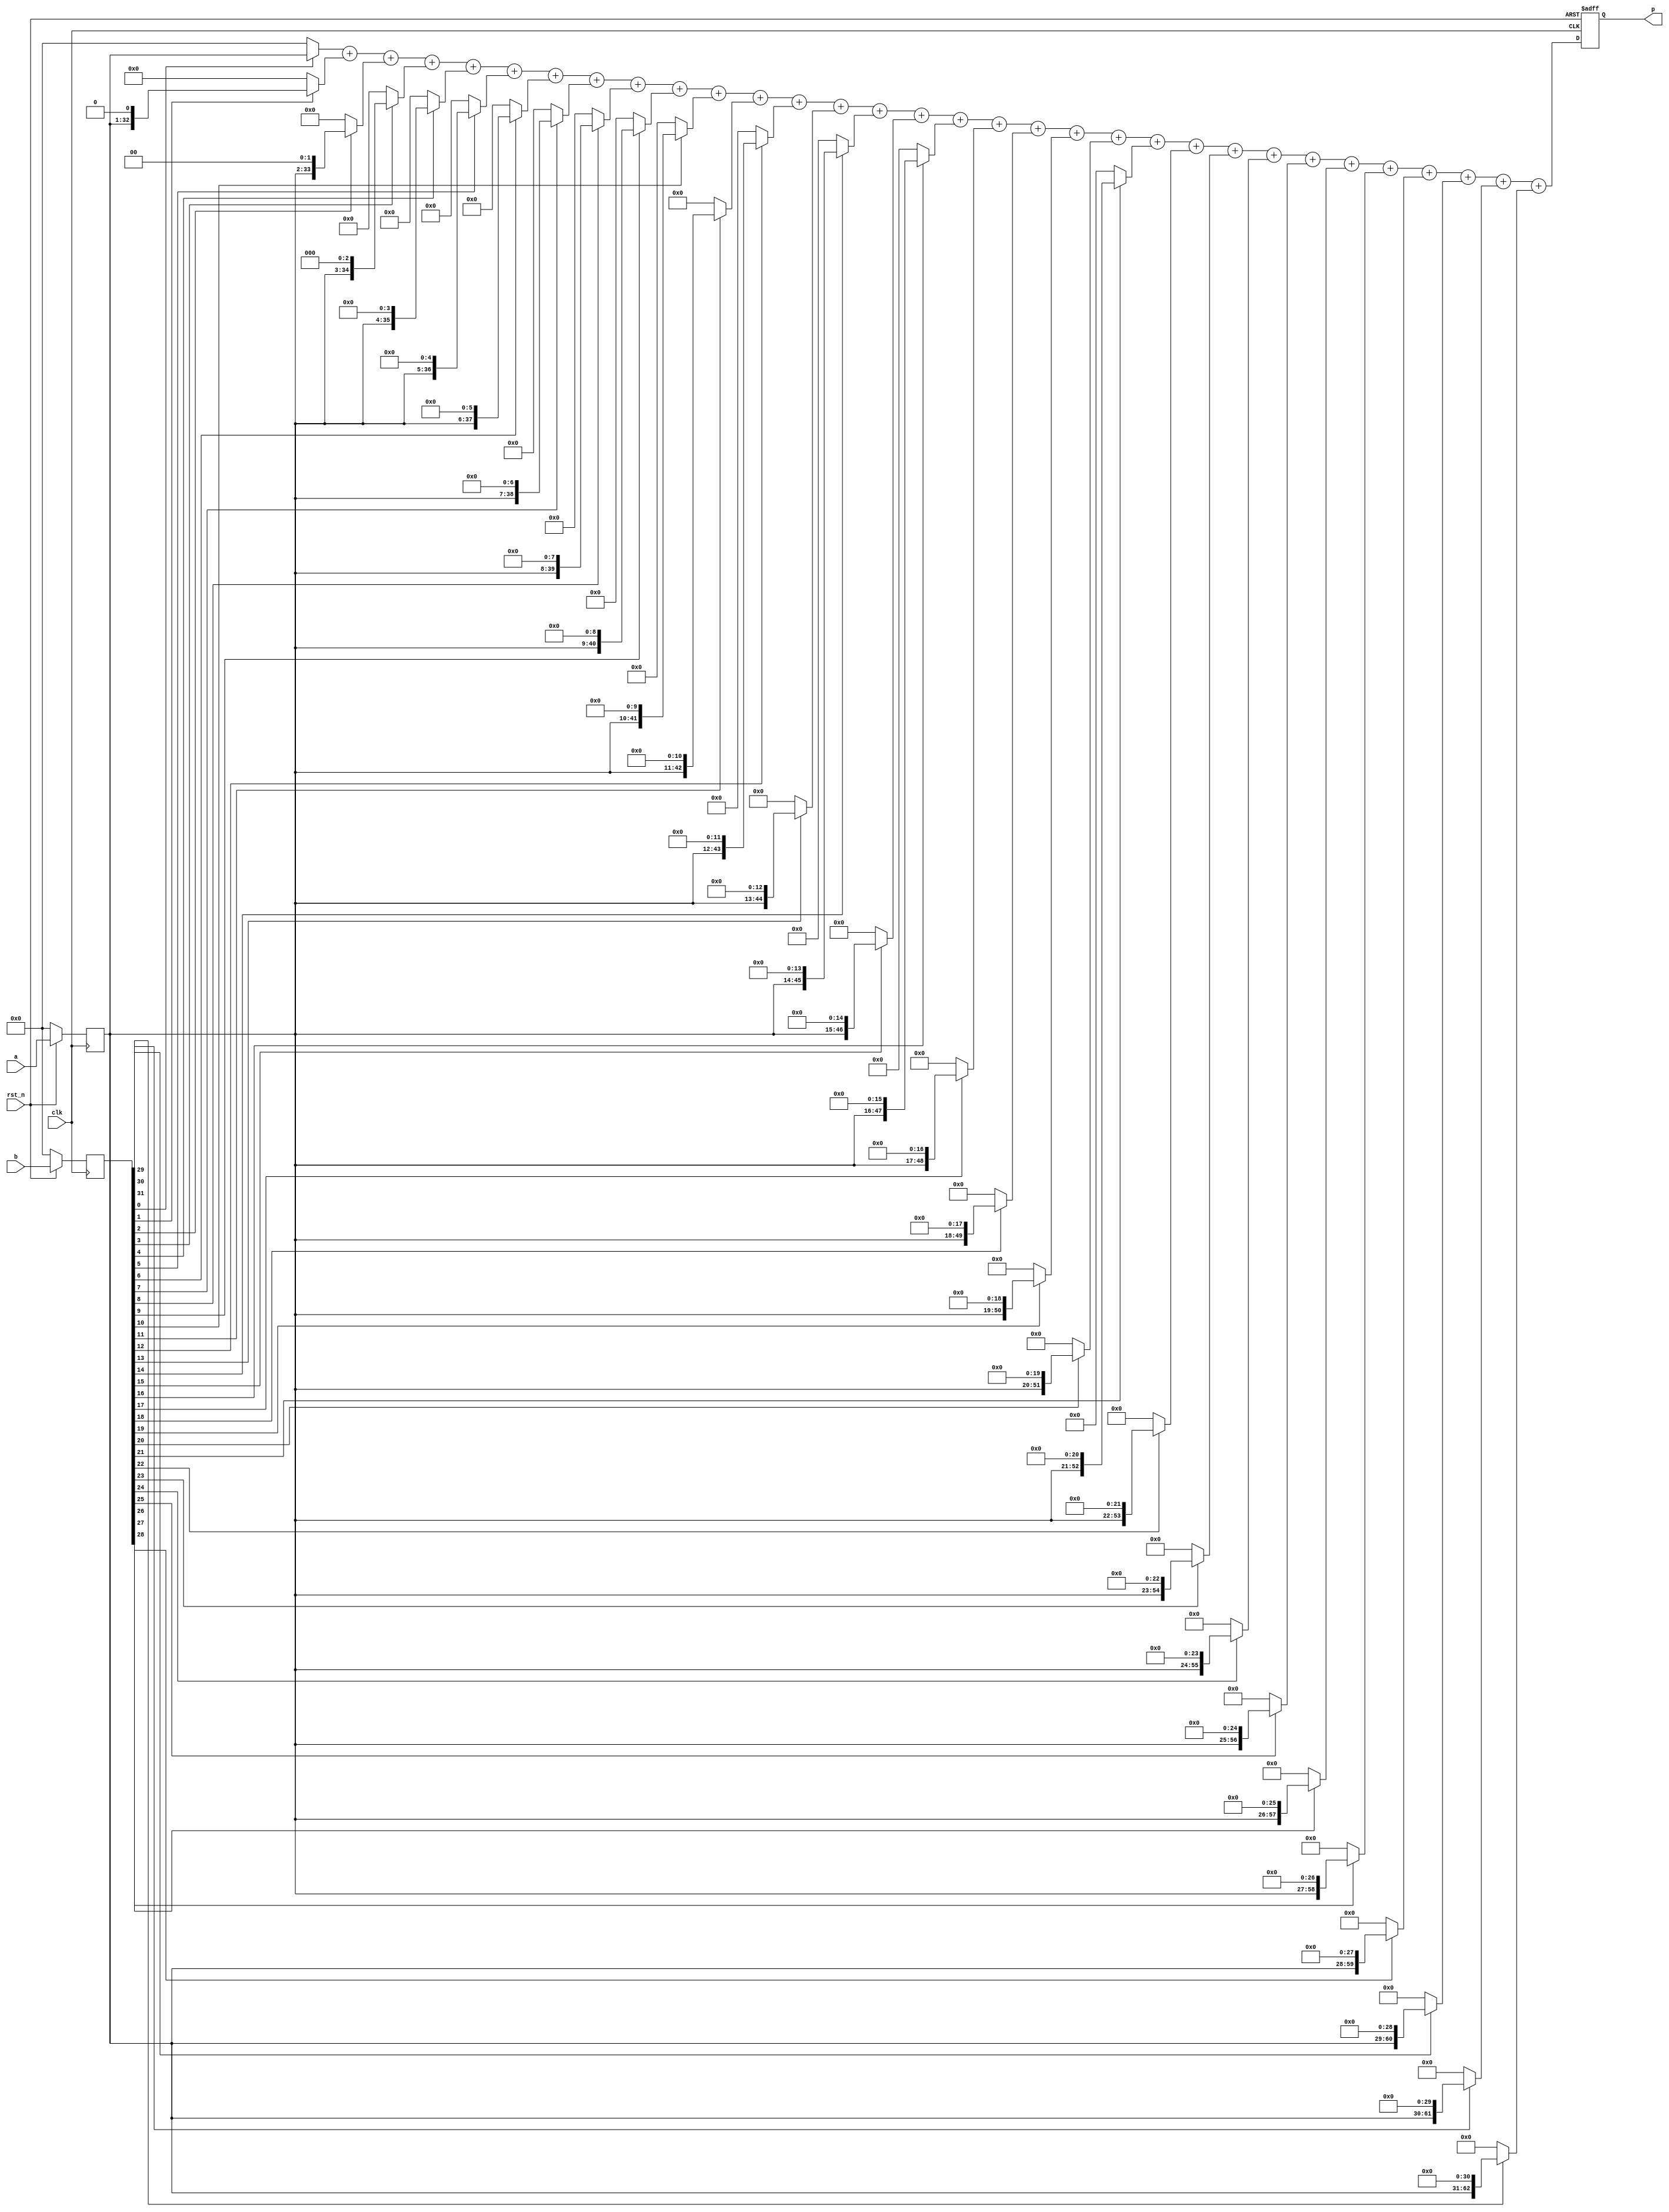
/*1*/
///*
module mult_shift_add
(
   input 				clk,
   input 				rst_n,
	 
	input [31:0]		a,
	input [31:0]		b,
	output reg [63:0]	p
);
parameter DATA_SIZE = 32;

//
reg  [DATA_SIZE - 1 : 0] a_r;
reg  [DATA_SIZE - 1 : 0] b_r;

//
wire [2*DATA_SIZE - 1 : 0] a_shift0;
wire [2*DATA_SIZE - 1 : 0] a_shift1;
wire [2*DATA_SIZE - 1 : 0] a_shift2;
wire [2*DATA_SIZE - 1 : 0] a_shift3;
wire [2*DATA_SIZE - 1 : 0] a_shift4;
wire [2*DATA_SIZE - 1 : 0] a_shift5;
wire [2*DATA_SIZE - 1 : 0] a_shift6;
wire [2*DATA_SIZE - 1 : 0] a_shift7;
wire [2*DATA_SIZE - 1 : 0] a_shift8;
wire [2*DATA_SIZE - 1 : 0] a_shift9;
wire [2*DATA_SIZE - 1 : 0] a_shift10;
wire [2*DATA_SIZE - 1 : 0] a_shift11;
wire [2*DATA_SIZE - 1 : 0] a_shift12;
wire [2*DATA_SIZE - 1 : 0] a_shift13;
wire [2*DATA_SIZE - 1 : 0] a_shift14;
wire [2*DATA_SIZE - 1 : 0] a_shift15;
wire [2*DATA_SIZE - 1 : 0] a_shift16;
wire [2*DATA_SIZE - 1 : 0] a_shift17;
wire [2*DATA_SIZE - 1 : 0] a_shift18;
wire [2*DATA_SIZE - 1 : 0] a_shift19;
wire [2*DATA_SIZE - 1 : 0] a_shift20;
wire [2*DATA_SIZE - 1 : 0] a_shift21;
wire [2*DATA_SIZE - 1 : 0] a_shift22;
wire [2*DATA_SIZE - 1 : 0] a_shift23;
wire [2*DATA_SIZE - 1 : 0] a_shift24;
wire [2*DATA_SIZE - 1 : 0] a_shift25;
wire [2*DATA_SIZE - 1 : 0] a_shift26;
wire [2*DATA_SIZE - 1 : 0] a_shift27;
wire [2*DATA_SIZE - 1 : 0] a_shift28;
wire [2*DATA_SIZE - 1 : 0] a_shift29;
wire [2*DATA_SIZE - 1 : 0] a_shift30;
wire [2*DATA_SIZE - 1 : 0] a_shift31;


//
wire [2*DATA_SIZE - 1 : 0] p_tmp;
reg  [2*DATA_SIZE - 1 : 0] p_median; 

//
always@(posedge clk)
    if(!rst_n)
        begin
            a_r <= 32'd0;
            b_r <= 32'd0;
        end
    else
        begin
            a_r <= a;
            b_r <= b;
        end

//bit
assign a_shift0  = b_r[0]  ? {32'b0,a_r      } : 0;
assign a_shift1  = b_r[1]  ? {31'b0,a_r, 1'b0} : 0;
assign a_shift2  = b_r[2]  ? {30'b0,a_r, 2'b0} : 0;
assign a_shift3  = b_r[3]  ? {29'b0,a_r, 3'b0} : 0;
assign a_shift4  = b_r[4]  ? {28'b0,a_r, 4'b0} : 0;
assign a_shift5  = b_r[5]  ? {27'b0,a_r, 5'b0} : 0;
assign a_shift6  = b_r[6]  ? {26'b0,a_r, 6'b0} : 0;
assign a_shift7  = b_r[7]  ? {25'b0,a_r, 7'b0} : 0;
assign a_shift8  = b_r[8]  ? {24'b0,a_r, 8'b0} : 0;
assign a_shift9  = b_r[9]  ? {23'b0,a_r, 9'b0} : 0;
assign a_shift10 = b_r[10] ? {22'b0,a_r,10'b0} : 0;
assign a_shift11 = b_r[11] ? {21'b0,a_r,11'b0} : 0;
assign a_shift12 = b_r[12] ? {20'b0,a_r,12'b0} : 0;
assign a_shift13 = b_r[13] ? {19'b0,a_r,13'b0} : 0;
assign a_shift14 = b_r[14] ? {18'b0,a_r,14'b0} : 0;
assign a_shift15 = b_r[15] ? {17'b0,a_r,15'b0} : 0;
assign a_shift16 = b_r[16] ? {16'b0,a_r,16'b0} : 0;
assign a_shift17 = b_r[17] ? {15'b0,a_r,17'b0} : 0;
assign a_shift18 = b_r[18] ? {14'b0,a_r,18'b0} : 0;
assign a_shift19 = b_r[19] ? {13'b0,a_r,19'b0} : 0;
assign a_shift20 = b_r[20] ? {12'b0,a_r,20'b0} : 0;
assign a_shift21 = b_r[21] ? {11'b0,a_r,21'b0} : 0;
assign a_shift22 = b_r[22] ? {10'b0,a_r,22'b0} : 0;
assign a_shift23 = b_r[23] ? { 9'b0,a_r,23'b0} : 0;
assign a_shift24 = b_r[24] ? { 8'b0,a_r,24'b0} : 0;
assign a_shift25 = b_r[25] ? { 7'b0,a_r,25'b0} : 0;
assign a_shift26 = b_r[26] ? { 6'b0,a_r,26'b0} : 0;
assign a_shift27 = b_r[27] ? { 5'b0,a_r,27'b0} : 0;
assign a_shift28 = b_r[28] ? { 4'b0,a_r,28'b0} : 0;
assign a_shift29 = b_r[29] ? { 3'b0,a_r,29'b0} : 0;
assign a_shift30 = b_r[30] ? { 2'b0,a_r,30'b0} : 0;
assign a_shift31 = b_r[31] ? { 1'b0,a_r,31'b0} : 0;

assign p_tmp = a_shift0 + a_shift1 + a_shift2 + a_shift3 + a_shift4 + a_shift5 + a_shift6 + a_shift7 +
				   a_shift8 + a_shift9 + a_shift10 + a_shift11 + a_shift12 + a_shift13 + a_shift14 + a_shift15 +
					a_shift16 + a_shift17 + a_shift18 + a_shift19 + a_shift20 + a_shift21 + a_shift22 + a_shift23 +
					a_shift24 + a_shift25 + a_shift26 + a_shift27 + a_shift28 + a_shift29 + a_shift30 + a_shift31;

always@(posedge clk or negedge rst_n)
    if(!rst_n)
        begin
            p <= 64'd0;
        end
    else
        begin
            p <= p_tmp[63:0];
        end

endmodule
//*/
///*1*/

/*2*/
/*
module mult_shift_add
(
   input 				clk,
   input 				rst_n,
	 
	input [31:0]		a,
	input [31:0]		b,
	output reg [63:0]	p
);
parameter DATA_SIZE = 32;

//
reg  [DATA_SIZE - 1 : 0] a_r;
reg  [DATA_SIZE - 1 : 0] b_r;

//
reg [2*DATA_SIZE - 1 : 0] a_shift[31:0];

//
wire  [2*DATA_SIZE - 1 : 0] p_tmp;
reg  [2*DATA_SIZE - 1 : 0] p_round_1[7:0];
reg  [2*DATA_SIZE - 1 : 0] p_round_2[1:0];

//
always@(posedge clk)
    if(!rst_n)
        begin
            a_r <= 32'd0;
            b_r <= 32'd0;
        end
    else
        begin
            a_r <= a;
            b_r <= b;
        end

//bit
always@(posedge clk or negedge rst_n)
    if(!rst_n)
        begin
				a_shift[ 0] <= 0;
				a_shift[ 1] <= 0;
				a_shift[ 2] <= 0;
				a_shift[ 3] <= 0;
				a_shift[ 4] <= 0;
				a_shift[ 5] <= 0;
				a_shift[ 6] <= 0;
				a_shift[ 7] <= 0;
				a_shift[ 8] <= 0;
				a_shift[ 9] <= 0;
				a_shift[10] <= 0;
				a_shift[11] <= 0;
				a_shift[12] <= 0;
				a_shift[13] <= 0;
				a_shift[14] <= 0;
				a_shift[15] <= 0;
				a_shift[16] <= 0;
				a_shift[17] <= 0;
				a_shift[18] <= 0;
				a_shift[19] <= 0;
				a_shift[20] <= 0;
				a_shift[21] <= 0;
				a_shift[22] <= 0;
				a_shift[23] <= 0;
				a_shift[24] <= 0;
				a_shift[25] <= 0;
				a_shift[26] <= 0;
				a_shift[27] <= 0;
				a_shift[28] <= 0;
				a_shift[29] <= 0;
				a_shift[30] <= 0;
				a_shift[31] <= 0;		  
		  end
	 else
	     begin
				a_shift[ 0] <= b_r[0]  ? {32'b0,a_r      } : 0;
				a_shift[ 1] <= b_r[1]  ? {31'b0,a_r, 1'b0} : 0;
				a_shift[ 2] <= b_r[2]  ? {30'b0,a_r, 2'b0} : 0;
				a_shift[ 3] <= b_r[3]  ? {29'b0,a_r, 3'b0} : 0;
				a_shift[ 4] <= b_r[4]  ? {28'b0,a_r, 4'b0} : 0;
				a_shift[ 5] <= b_r[5]  ? {27'b0,a_r, 5'b0} : 0;
				a_shift[ 6] <= b_r[6]  ? {26'b0,a_r, 6'b0} : 0;
				a_shift[ 7] <= b_r[7]  ? {25'b0,a_r, 7'b0} : 0;
				a_shift[ 8] <= b_r[8]  ? {24'b0,a_r, 8'b0} : 0;
				a_shift[ 9] <= b_r[9]  ? {23'b0,a_r, 9'b0} : 0;
				a_shift[10] <= b_r[10] ? {22'b0,a_r,10'b0} : 0;
				a_shift[11] <= b_r[11] ? {21'b0,a_r,11'b0} : 0;
				a_shift[12] <= b_r[12] ? {20'b0,a_r,12'b0} : 0;
				a_shift[13] <= b_r[13] ? {19'b0,a_r,13'b0} : 0;
				a_shift[14] <= b_r[14] ? {18'b0,a_r,14'b0} : 0;
				a_shift[15] <= b_r[15] ? {17'b0,a_r,15'b0} : 0;
				a_shift[16] <= b_r[16] ? {16'b0,a_r,16'b0} : 0;
				a_shift[17] <= b_r[17] ? {15'b0,a_r,17'b0} : 0;
				a_shift[18] <= b_r[18] ? {14'b0,a_r,18'b0} : 0;
				a_shift[19] <= b_r[19] ? {13'b0,a_r,19'b0} : 0;
				a_shift[20] <= b_r[20] ? {12'b0,a_r,20'b0} : 0;
				a_shift[21] <= b_r[21] ? {11'b0,a_r,21'b0} : 0;
				a_shift[22] <= b_r[22] ? {10'b0,a_r,22'b0} : 0;
				a_shift[23] <= b_r[23] ? { 9'b0,a_r,23'b0} : 0;
				a_shift[24] <= b_r[24] ? { 8'b0,a_r,24'b0} : 0;
				a_shift[25] <= b_r[25] ? { 7'b0,a_r,25'b0} : 0;
				a_shift[26] <= b_r[26] ? { 6'b0,a_r,26'b0} : 0;
				a_shift[27] <= b_r[27] ? { 5'b0,a_r,27'b0} : 0;
				a_shift[28] <= b_r[28] ? { 4'b0,a_r,28'b0} : 0;
				a_shift[29] <= b_r[29] ? { 3'b0,a_r,29'b0} : 0;
				a_shift[30] <= b_r[30] ? { 2'b0,a_r,30'b0} : 0;
				a_shift[31] <= b_r[31] ? { 1'b0,a_r,31'b0} : 0;
		   end	

always@(posedge clk or negedge rst_n)
    if(!rst_n)
        begin
				p_round_2[0] <= 0;
				p_round_2[1] <= 0;
		  end
	 else
		  begin
				p_round_2[0] <= a_shift[0] + a_shift[8] + a_shift[16] + a_shift[24]
								+ a_shift[1] + a_shift[9] + a_shift[17] + a_shift[25]
								+ a_shift[2] + a_shift[10] + a_shift[18] + a_shift[26]
								+ a_shift[3] + a_shift[11] + a_shift[19] + a_shift[27];
				p_round_2[1] <= a_shift[4] + a_shift[12] + a_shift[20] + a_shift[28]
								+ a_shift[5] + a_shift[13] + a_shift[21] + a_shift[29]
								+ a_shift[6] + a_shift[14] + a_shift[22] + a_shift[30]
								+ a_shift[7] + a_shift[15] + a_shift[23] + a_shift[31];
		  end

assign p_tmp = p_round_2[0] + p_round_2[1];

always@(posedge clk or negedge rst_n)
    if(!rst_n)
        begin
            p <= 64'd0;
        end
    else
        begin
            p <= p_tmp[63:0];
        end

endmodule
*/
/*2*/

/*3*/
/*
module mult_shift_add
(
   input 				clk,
   input 				rst_n,
	 
	input [31:0]		a,
	input [31:0]		b,
	output reg [63:0]	p
);
parameter DATA_SIZE = 32;

//
reg  [DATA_SIZE - 1 : 0] a_r;
reg  [DATA_SIZE - 1 : 0] b_r;

//
wire  [2*DATA_SIZE - 1 : 0] p_tmp;
wire  [2*DATA_SIZE - 1 : 0] p_round_1[7:0];
wire  [2*DATA_SIZE - 1 : 0] p_round_2[1:0];

//
wire [2*DATA_SIZE - 1 : 0] a_shift0;
wire [2*DATA_SIZE - 1 : 0] a_shift1;
wire [2*DATA_SIZE - 1 : 0] a_shift2;
wire [2*DATA_SIZE - 1 : 0] a_shift3;
wire [2*DATA_SIZE - 1 : 0] a_shift4;
wire [2*DATA_SIZE - 1 : 0] a_shift5;
wire [2*DATA_SIZE - 1 : 0] a_shift6;
wire [2*DATA_SIZE - 1 : 0] a_shift7;
wire [2*DATA_SIZE - 1 : 0] a_shift8;
wire [2*DATA_SIZE - 1 : 0] a_shift9;
wire [2*DATA_SIZE - 1 : 0] a_shift10;
wire [2*DATA_SIZE - 1 : 0] a_shift11;
wire [2*DATA_SIZE - 1 : 0] a_shift12;
wire [2*DATA_SIZE - 1 : 0] a_shift13;
wire [2*DATA_SIZE - 1 : 0] a_shift14;
wire [2*DATA_SIZE - 1 : 0] a_shift15;
wire [2*DATA_SIZE - 1 : 0] a_shift16;
wire [2*DATA_SIZE - 1 : 0] a_shift17;
wire [2*DATA_SIZE - 1 : 0] a_shift18;
wire [2*DATA_SIZE - 1 : 0] a_shift19;
wire [2*DATA_SIZE - 1 : 0] a_shift20;
wire [2*DATA_SIZE - 1 : 0] a_shift21;
wire [2*DATA_SIZE - 1 : 0] a_shift22;
wire [2*DATA_SIZE - 1 : 0] a_shift23;
wire [2*DATA_SIZE - 1 : 0] a_shift24;
wire [2*DATA_SIZE - 1 : 0] a_shift25;
wire [2*DATA_SIZE - 1 : 0] a_shift26;
wire [2*DATA_SIZE - 1 : 0] a_shift27;
wire [2*DATA_SIZE - 1 : 0] a_shift28;
wire [2*DATA_SIZE - 1 : 0] a_shift29;
wire [2*DATA_SIZE - 1 : 0] a_shift30;
wire [2*DATA_SIZE - 1 : 0] a_shift31;

//
always@(posedge clk)
    if(!rst_n)
        begin
            a_r <= 32'd0;
            b_r <= 32'd0;
        end
    else
        begin
            a_r <= a;
            b_r <= b;
        end

assign a_shift0  = b_r[0]  ? {32'b0,a_r      } : 0;
assign a_shift1  = b_r[1]  ? {31'b0,a_r, 1'b0} : 0;
assign a_shift2  = b_r[2]  ? {30'b0,a_r, 2'b0} : 0;
assign a_shift3  = b_r[3]  ? {29'b0,a_r, 3'b0} : 0;
assign a_shift4  = b_r[4]  ? {28'b0,a_r, 4'b0} : 0;
assign a_shift5  = b_r[5]  ? {27'b0,a_r, 5'b0} : 0;
assign a_shift6  = b_r[6]  ? {26'b0,a_r, 6'b0} : 0;
assign a_shift7  = b_r[7]  ? {25'b0,a_r, 7'b0} : 0;
assign a_shift8  = b_r[8]  ? {24'b0,a_r, 8'b0} : 0;
assign a_shift9  = b_r[9]  ? {23'b0,a_r, 9'b0} : 0;
assign a_shift10 = b_r[10] ? {22'b0,a_r,10'b0} : 0;
assign a_shift11 = b_r[11] ? {21'b0,a_r,11'b0} : 0;
assign a_shift12 = b_r[12] ? {20'b0,a_r,12'b0} : 0;
assign a_shift13 = b_r[13] ? {19'b0,a_r,13'b0} : 0;
assign a_shift14 = b_r[14] ? {18'b0,a_r,14'b0} : 0;
assign a_shift15 = b_r[15] ? {17'b0,a_r,15'b0} : 0;
assign a_shift16 = b_r[16] ? {16'b0,a_r,16'b0} : 0;
assign a_shift17 = b_r[17] ? {15'b0,a_r,17'b0} : 0;
assign a_shift18 = b_r[18] ? {14'b0,a_r,18'b0} : 0;
assign a_shift19 = b_r[19] ? {13'b0,a_r,19'b0} : 0;
assign a_shift20 = b_r[20] ? {12'b0,a_r,20'b0} : 0;
assign a_shift21 = b_r[21] ? {11'b0,a_r,21'b0} : 0;
assign a_shift22 = b_r[22] ? {10'b0,a_r,22'b0} : 0;
assign a_shift23 = b_r[23] ? { 9'b0,a_r,23'b0} : 0;
assign a_shift24 = b_r[24] ? { 8'b0,a_r,24'b0} : 0;
assign a_shift25 = b_r[25] ? { 7'b0,a_r,25'b0} : 0;
assign a_shift26 = b_r[26] ? { 6'b0,a_r,26'b0} : 0;
assign a_shift27 = b_r[27] ? { 5'b0,a_r,27'b0} : 0;
assign a_shift28 = b_r[28] ? { 4'b0,a_r,28'b0} : 0;
assign a_shift29 = b_r[29] ? { 3'b0,a_r,29'b0} : 0;
assign a_shift30 = b_r[30] ? { 2'b0,a_r,30'b0} : 0;
assign a_shift31 = b_r[31] ? { 1'b0,a_r,31'b0} : 0;


assign p_round_1[0] = a_shift0 + a_shift8  + a_shift16 + a_shift24;
assign p_round_1[1] = a_shift1 + a_shift9  + a_shift17 + a_shift25;
assign p_round_1[2] = a_shift2 + a_shift10 + a_shift18 + a_shift26;
assign p_round_1[3] = a_shift3 + a_shift11 + a_shift19 + a_shift27;
assign p_round_1[4] = a_shift4 + a_shift12 + a_shift20 + a_shift28;
assign p_round_1[5] = a_shift5 + a_shift13 + a_shift21 + a_shift29;
assign p_round_1[6] = a_shift6 + a_shift14 + a_shift22 + a_shift30;
assign p_round_1[7] = a_shift7 + a_shift15 + a_shift23 + a_shift31;

assign p_round_2[0] = p_round_1[0] + p_round_1[1] + p_round_1[2] + p_round_1[3];
assign p_round_2[1] = p_round_1[4] + p_round_1[5] + p_round_1[6] + p_round_1[7];

assign p_tmp = p_round_2[0] + p_round_2[1];

always@(posedge clk or negedge rst_n)
    if(!rst_n)
        begin
            p <= 64'd0;
        end
    else
        begin
            p <= p_tmp[63:0];
        end

endmodule
*/
/*3*/

/*4*/
/*
module mult_shift_add
(
   input 				clk,
   input 				rst_n,
	 
	input [31:0]		a,
	input [31:0]		b,
	output reg [63:0]	p
);
parameter DATA_SIZE = 32;

//
reg  [DATA_SIZE - 1 : 0] a_r;
reg  [DATA_SIZE - 1 : 0] b_r;

//
reg [2*DATA_SIZE - 1 : 0] a_shift[31:0];

//
wire  [2*DATA_SIZE - 1 : 0] p_tmp;
reg  [2*DATA_SIZE - 1 : 0] p_round_1[7:0];
reg  [2*DATA_SIZE - 1 : 0] p_round_2[1:0];

//
always@(posedge clk)
    if(!rst_n)
        begin
            a_r <= 32'd0;
            b_r <= 32'd0;
        end
    else
        begin
            a_r <= a;
            b_r <= b;
        end

//bit
always@(posedge clk or negedge rst_n)
    if(!rst_n)
        begin
				a_shift[ 0] <= 0;
				a_shift[ 1] <= 0;
				a_shift[ 2] <= 0;
				a_shift[ 3] <= 0;
				a_shift[ 4] <= 0;
				a_shift[ 5] <= 0;
				a_shift[ 6] <= 0;
				a_shift[ 7] <= 0;
				a_shift[ 8] <= 0;
				a_shift[ 9] <= 0;
				a_shift[10] <= 0;
				a_shift[11] <= 0;
				a_shift[12] <= 0;
				a_shift[13] <= 0;
				a_shift[14] <= 0;
				a_shift[15] <= 0;
				a_shift[16] <= 0;
				a_shift[17] <= 0;
				a_shift[18] <= 0;
				a_shift[19] <= 0;
				a_shift[20] <= 0;
				a_shift[21] <= 0;
				a_shift[22] <= 0;
				a_shift[23] <= 0;
				a_shift[24] <= 0;
				a_shift[25] <= 0;
				a_shift[26] <= 0;
				a_shift[27] <= 0;
				a_shift[28] <= 0;
				a_shift[29] <= 0;
				a_shift[30] <= 0;
				a_shift[31] <= 0;
		  end
	 else
	     begin
				a_shift[ 0] <= b_r[0]  ? {32'b0,a_r      } : 0;
				a_shift[ 1] <= b_r[1]  ? {31'b0,a_r, 1'b0} : 0;
				a_shift[ 2] <= b_r[2]  ? {30'b0,a_r, 2'b0} : 0;
				a_shift[ 3] <= b_r[3]  ? {29'b0,a_r, 3'b0} : 0;
				a_shift[ 4] <= b_r[4]  ? {28'b0,a_r, 4'b0} : 0;
				a_shift[ 5] <= b_r[5]  ? {27'b0,a_r, 5'b0} : 0;
				a_shift[ 6] <= b_r[6]  ? {26'b0,a_r, 6'b0} : 0;
				a_shift[ 7] <= b_r[7]  ? {25'b0,a_r, 7'b0} : 0;
				a_shift[ 8] <= b_r[8]  ? {24'b0,a_r, 8'b0} : 0;
				a_shift[ 9] <= b_r[9]  ? {23'b0,a_r, 9'b0} : 0;
				a_shift[10] <= b_r[10] ? {22'b0,a_r,10'b0} : 0;
				a_shift[11] <= b_r[11] ? {21'b0,a_r,11'b0} : 0;
				a_shift[12] <= b_r[12] ? {20'b0,a_r,12'b0} : 0;
				a_shift[13] <= b_r[13] ? {19'b0,a_r,13'b0} : 0;
				a_shift[14] <= b_r[14] ? {18'b0,a_r,14'b0} : 0;
				a_shift[15] <= b_r[15] ? {17'b0,a_r,15'b0} : 0;
				a_shift[16] <= b_r[16] ? {16'b0,a_r,16'b0} : 0;
				a_shift[17] <= b_r[17] ? {15'b0,a_r,17'b0} : 0;
				a_shift[18] <= b_r[18] ? {14'b0,a_r,18'b0} : 0;
				a_shift[19] <= b_r[19] ? {13'b0,a_r,19'b0} : 0;
				a_shift[20] <= b_r[20] ? {12'b0,a_r,20'b0} : 0;
				a_shift[21] <= b_r[21] ? {11'b0,a_r,21'b0} : 0;
				a_shift[22] <= b_r[22] ? {10'b0,a_r,22'b0} : 0;
				a_shift[23] <= b_r[23] ? { 9'b0,a_r,23'b0} : 0;
				a_shift[24] <= b_r[24] ? { 8'b0,a_r,24'b0} : 0;
				a_shift[25] <= b_r[25] ? { 7'b0,a_r,25'b0} : 0;
				a_shift[26] <= b_r[26] ? { 6'b0,a_r,26'b0} : 0;
				a_shift[27] <= b_r[27] ? { 5'b0,a_r,27'b0} : 0;
				a_shift[28] <= b_r[28] ? { 4'b0,a_r,28'b0} : 0;
				a_shift[29] <= b_r[29] ? { 3'b0,a_r,29'b0} : 0;
				a_shift[30] <= b_r[30] ? { 2'b0,a_r,30'b0} : 0;
				a_shift[31] <= b_r[31] ? { 1'b0,a_r,31'b0} : 0;
		   end

always@(posedge clk or negedge rst_n)
    if(!rst_n)
        begin
			   p_round_1[0] <= 0;
				p_round_1[1] <= 0;
				p_round_1[2] <= 0;
				p_round_1[3] <= 0;
				p_round_1[4] <= 0;
				p_round_1[5] <= 0;
				p_round_1[6] <= 0;
				p_round_1[7] <= 0;
		  end
	 else
		  begin
				p_round_1[0] <= a_shift[0] + a_shift[8] + a_shift[16] + a_shift[24];
				p_round_1[1] <= a_shift[1] + a_shift[9] + a_shift[17] + a_shift[25];
				p_round_1[2] <= a_shift[2] + a_shift[10] + a_shift[18] + a_shift[26];
				p_round_1[3] <= a_shift[3] + a_shift[11] + a_shift[19] + a_shift[27];
				p_round_1[4] <= a_shift[4] + a_shift[12] + a_shift[20] + a_shift[28];
				p_round_1[5] <= a_shift[5] + a_shift[13] + a_shift[21] + a_shift[29];
				p_round_1[6] <= a_shift[6] + a_shift[14] + a_shift[22] + a_shift[30];
				p_round_1[7] <= a_shift[7] + a_shift[15] + a_shift[23] + a_shift[31];
		  end

always@(posedge clk or negedge rst_n)
    if(!rst_n)
        begin
				p_round_2[0] <= 0;
				p_round_2[1] <= 0;
		  end
	 else
		  begin
				p_round_2[0] <= p_round_1[0] + p_round_1[1] + p_round_1[2] + p_round_1[3];
				p_round_2[1] <= p_round_1[4] + p_round_1[5] + p_round_1[6] + p_round_1[7];
		  end

assign p_tmp = p_round_2[0] + p_round_2[1];


always@(posedge clk or negedge rst_n)
    if(!rst_n)
        begin
            p <= 64'd0;
        end
    else
        begin
            p <= p_tmp[63:0];
        end

endmodule
*/
/*4*/